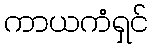
ကာယကံရှင်